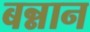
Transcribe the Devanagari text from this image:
बन्नान